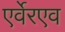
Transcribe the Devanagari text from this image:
एर्वेरएव